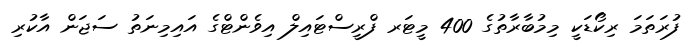
ފުރަތަމަ ރިކޯޑަކީ މިމުބާރާތުގެ 400 މީޓަރ ފްރީސްޓައިލް އިވެންޓްގެ އައިމިނަތު ސަޖަން އާކުރި